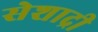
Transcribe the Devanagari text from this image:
सेशाद्री